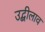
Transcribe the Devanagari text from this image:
उद्बीलाव